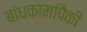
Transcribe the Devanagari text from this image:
बांधकामांपैकी